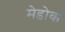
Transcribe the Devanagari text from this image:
मेडोक